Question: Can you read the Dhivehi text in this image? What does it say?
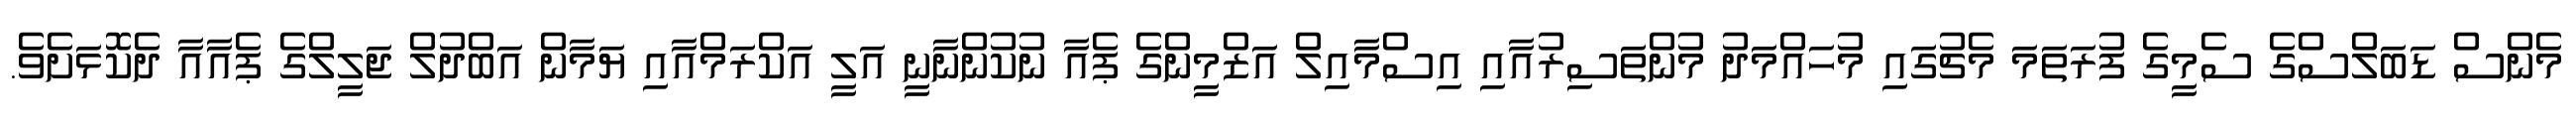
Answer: މެންސް ޑަބަލްސްގެ ސެމީގެ ފުރަތަމަ މެޗުގައި މުހައްމަދު މުންތަސިރުއާއި އިސްމާއިލް އަޒްމީންގެ ޕެއާ ނުކުންނާނީ އަލީ އަކްރަމްއާއި ޔަމާން އަބްދުލް ޖަލީލްގެ ޕެއާއާ ދެކޮޅަށެވެ.